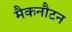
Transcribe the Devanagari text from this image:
मैकनौटन